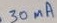
Text: 30mA